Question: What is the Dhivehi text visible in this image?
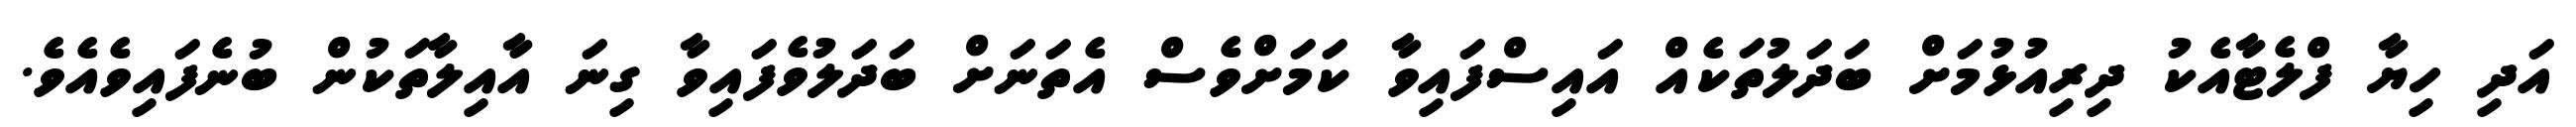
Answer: އަދި ހިޔާ ފްލެޓާއެކު ދިރިއުޅުމަށް ބަދަލުތަކެއް އައިސްފައިވާ ކަމަށްވެސް އެތަނަށް ބަދަލުވެފައިވާ ގިނަ އާއިލާތަކުން ބުނެފައިވެއެވެ.